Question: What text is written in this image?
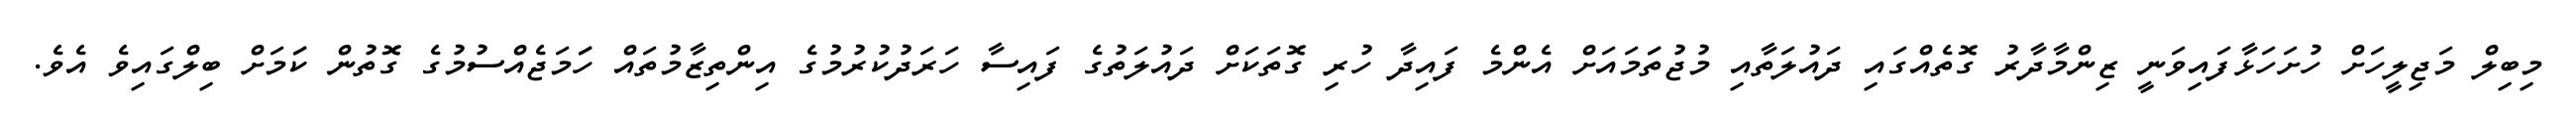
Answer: މިބިލް މަޖިލީހަށް ހުށަހަޅާފައިވަނީ ޒިންމާދާރު ގޮތެއްގައި ދައުލަތާއި މުޖުތަަމައަށް އެންމެ ފައިދާ ހުރި ގޮތަކަށް ދައުލަތުގެ ފައިސާ ހަރަދުކުރުމުގެ އިންތިޒާމުތައް ހަަމަޖެއްސުމުގެ ގޮތުން ކަަމަށް ބިލްގައިވެ އެވެ.